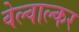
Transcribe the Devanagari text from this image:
वेल्वाल्कर